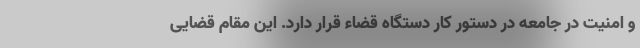
و امنیت در جامعه در دستور کار دستگاه قضاء قرار دارد. این مقام قضایی